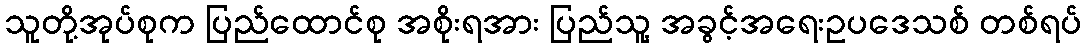
သူတို့အုပ်စုက ပြည်ထောင်စု အစိုးရအား ပြည်သူ့ အခွင့်အရေးဥပဒေသစ် တစ်ရပ်